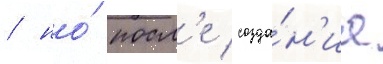
/ но́ посл'е созда́н'иа